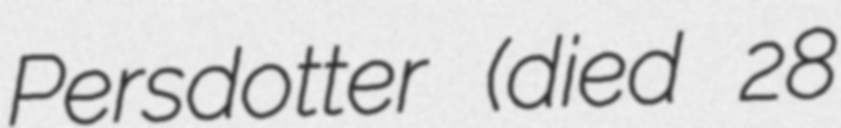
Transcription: Persdotter (died 28